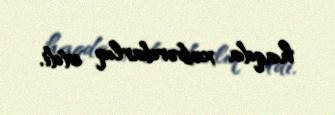
haqda xəbərdarlıq etdi.